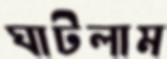
ঘাটলাম